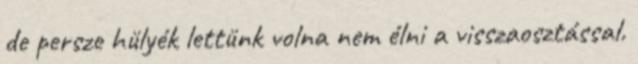
de persze hülyék lettünk volna nem élni a visszaosztással.